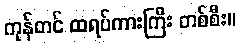
ကုန်တင် ထရပ်ကားကြီး တစ်စီး။